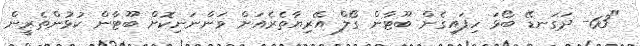
"63- ދަގަނޑޭ ބޯޅަ ހިފައިގެން ބޫޓާން ގޯލް އޭރިޔާތެރެއަށް ވަންނަނިކޮށް ބޫޓާން ކުޅުންތެރީން